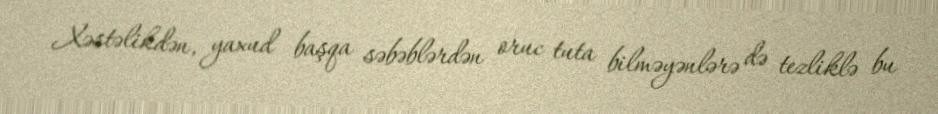
Xəstəlikdən, yaxud başqa səbəblərdən oruc tuta bilməyənlərə də tezliklə bu